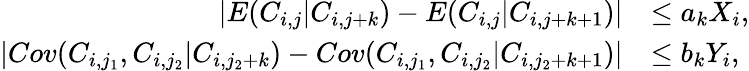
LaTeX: \begin{array}{rl}{|E(C_{i,j}|C_{i,j+k})-E(C_{i,j}|C_{i,j+k+1})|}&{\leq a_{k}X_{i},}\\ {|Cov(C_{i,j_{1}},C_{i,j_{2}}|C_{i,j_{2}+k})-Cov(C_{i,j_{1}},C_{i,j_{2}}|C_{i,j_{2}+k+1})|}&{\leq b_{k}Y_{i},}\end{array}